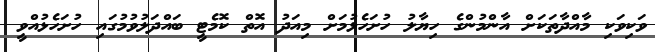
ވަކިވަކި މާއްދާތަކަށް އާންމުންގެ ހިޔާލު ހުށަހެޅުމަށް މިއަދު އޮތް ކޮމެޓީ ބައްދަލުވުމުގައި ހުށަހެޅުއްވީ